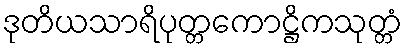
ဒုတိယသာရိပုတ္တကောဋ္ဌိကသုတ္တံ